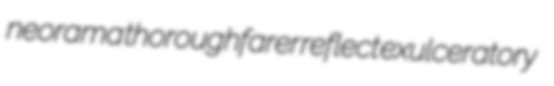
neorama thoroughfarer reflect exulceratory